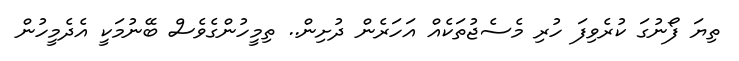
ތިޔަ ފޯނުގަ ކުރެވިފަ ހުރި މެސެޖުތަކެއް އަހަރެން ދުށިން.. ތިމީހުންގެވެސް ބޭނުމަކީ އެދެމީހުން